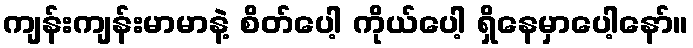
ကျန်းကျန်းမာမာနဲ့ စိတ်ပေါ့ ကိုယ်ပေါ့ ရှိနေမှာပေါ့နော်။